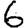
Digit: 6